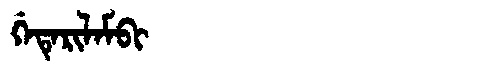
Manchu: ᡤᡝᡨᡝᡵᡳᠯᠠᠮᠪᡳ
Romanization: GETERILAMBI